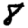
Digit: 8